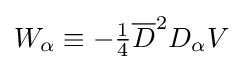
W_{\alpha }\equiv -{\tfrac {1}{4}}{\overline {D}}^{2}D_{\alpha }V